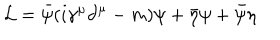
LaTeX: { \cal L } = \bar { \psi } ( i \gamma ^ { \mu } \partial ^ { \mu } - m ) \psi + \bar { \eta } \psi + \bar { \psi } \eta